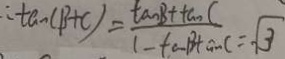
\therefore \tan ( \beta + C ) = \frac { \tan B + \tan C } { 1 - \tan B \tan C } = \sqrt { 3 }